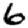
Digit: 6